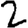
Digit: 2